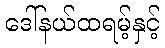
ဒေါ်နယ်ထရမ့်နှင့်